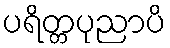
ပရိတ္တပုညာပိ